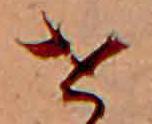
せ